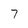
Character: 7